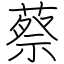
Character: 蔡